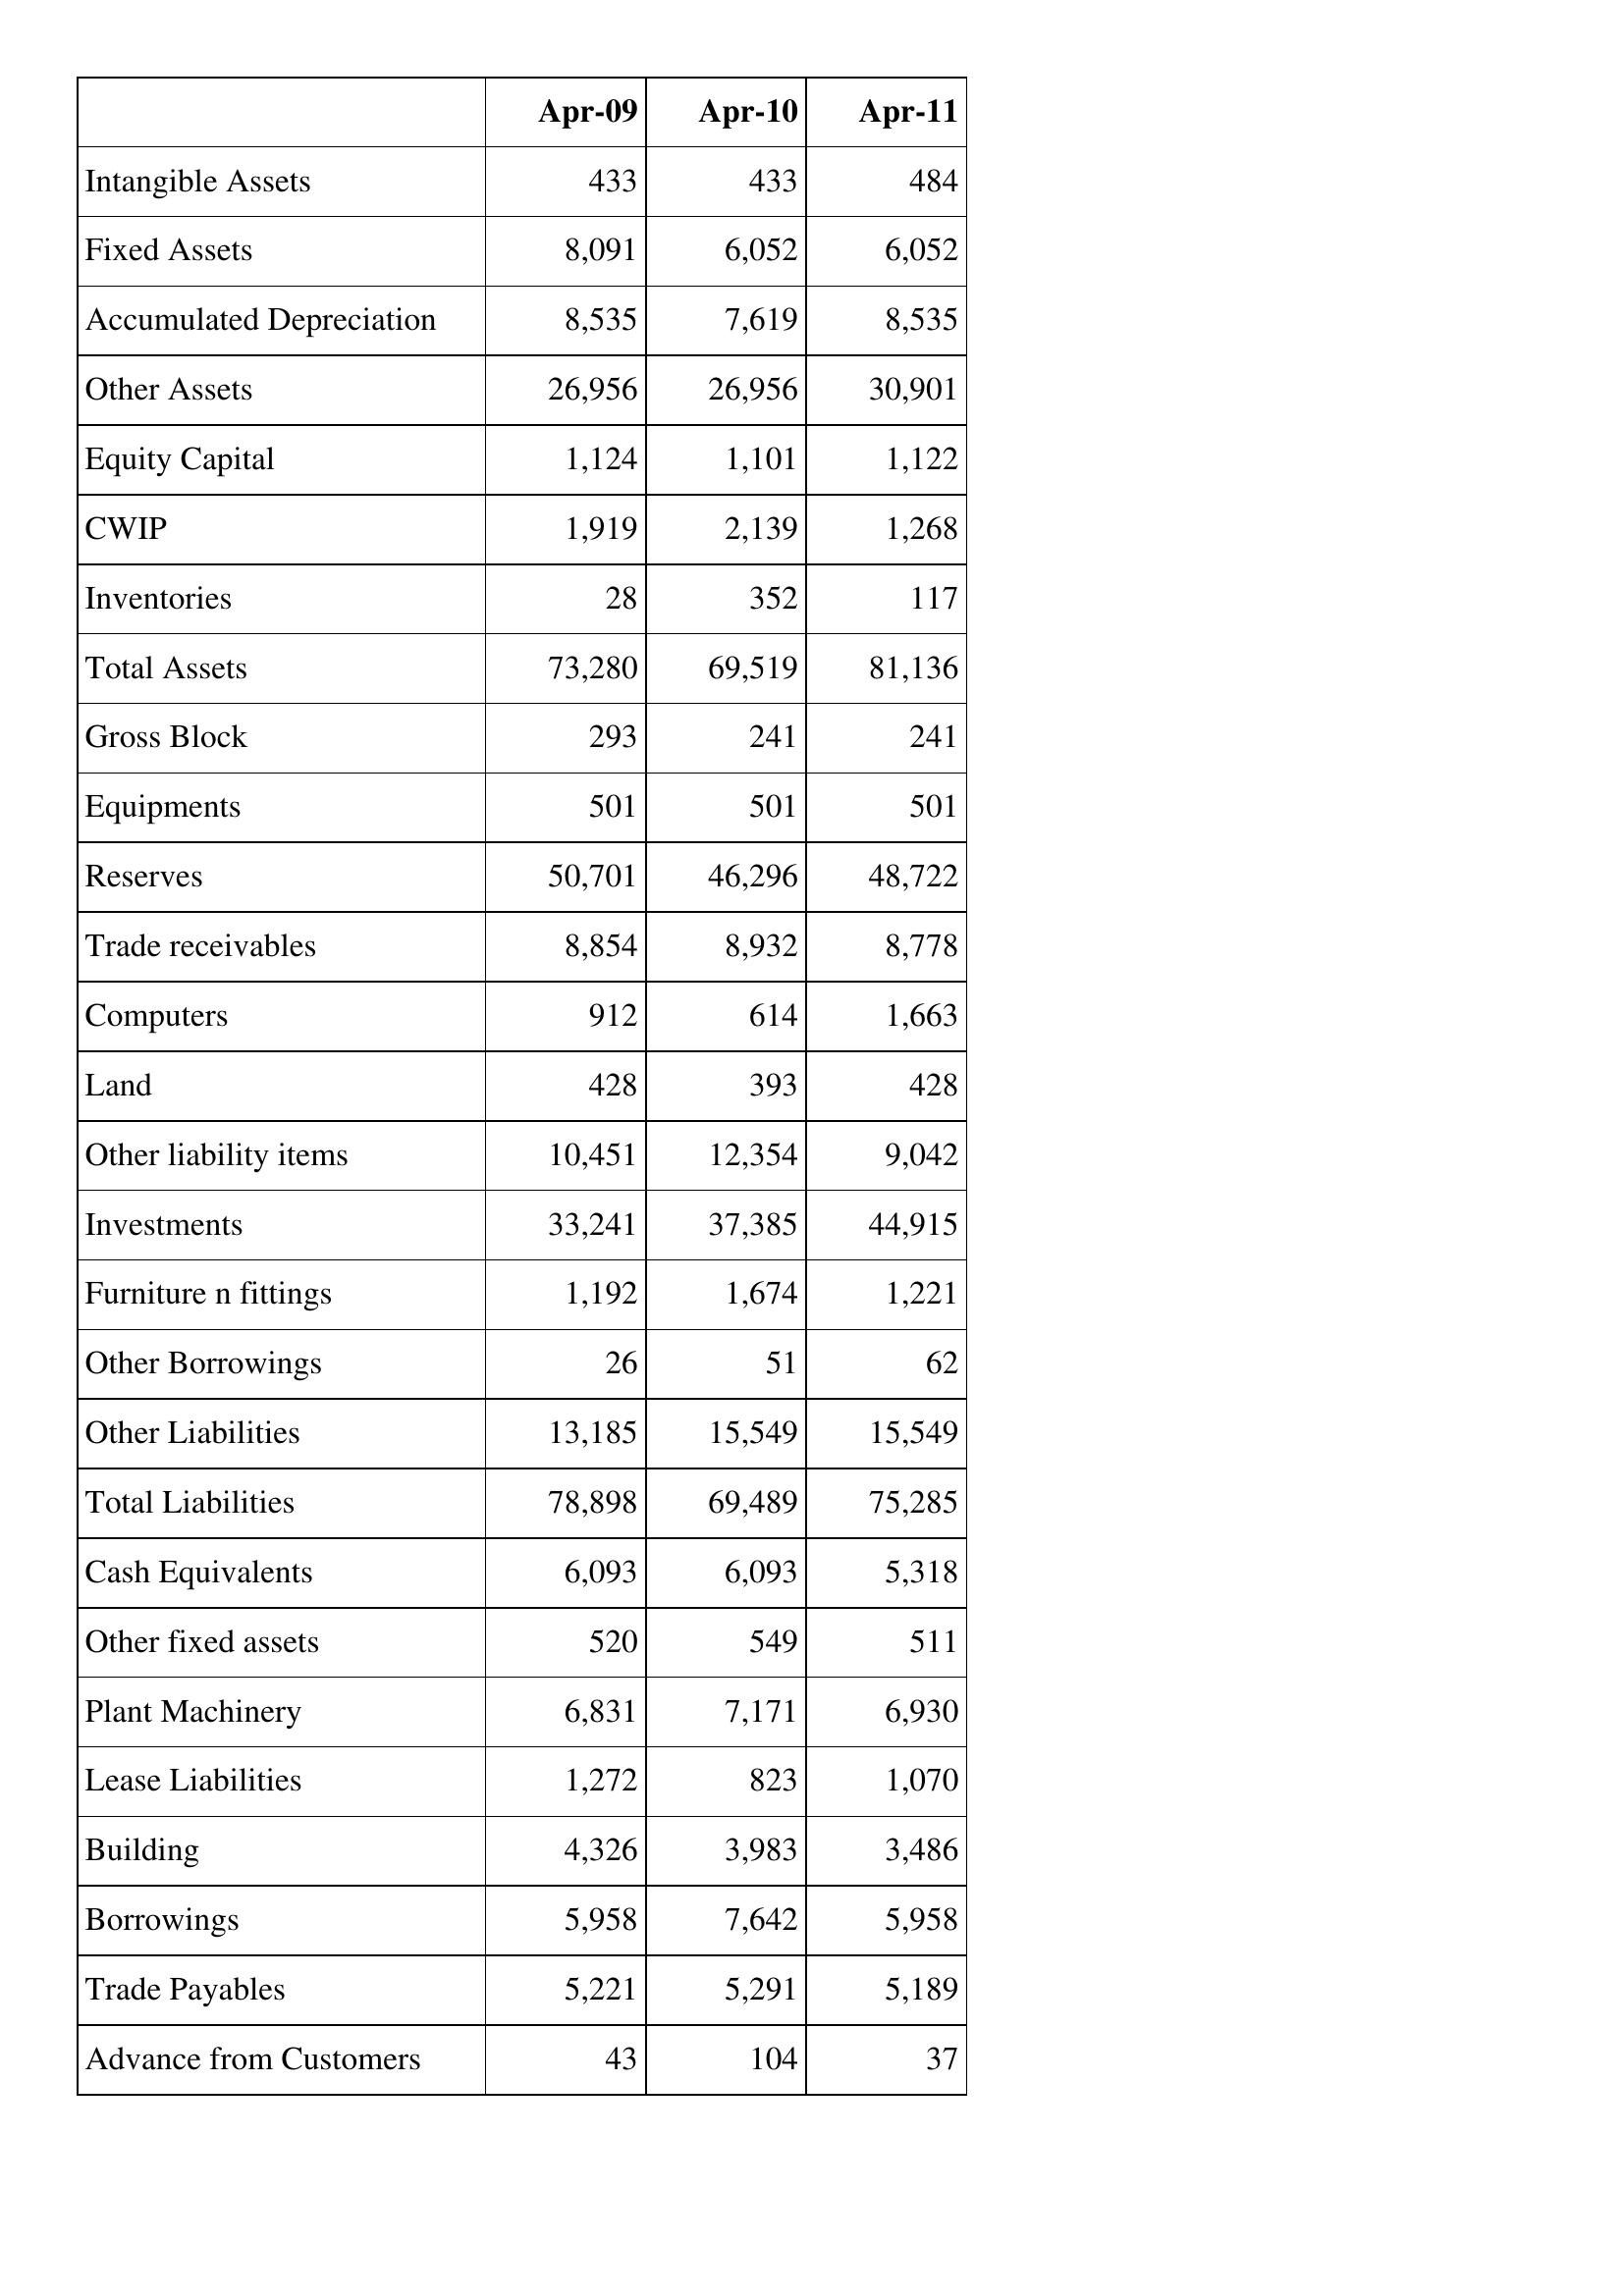
Apr-09: Balance Sheet: Intangible Assets: 433
Fixed Assets: 8,091
Accumulated Depreciation: 8,535
Other Assets: 26,956
Equity Capital: 1,124
CWIP: 1,919
Inventories: 28
Total Assets: 73,280
Gross Block: 293
Equipments: 501
Reserves: 50,701
Trade receivables: 8,854
Computers: 912
Land: 428
Other liability items: 10,451
Investments: 33,241
Furniture n fittings: 1,192
Other Borrowings: 26
Other Liabilities: 13,185
Total Liabilities: 78,898
Cash Equivalents: 6,093
Other fixed assets: 520
Plant Machinery: 6,831
Lease Liabilities: 1,272
Building: 4,326
Borrowings: 5,958
Trade Payables: 5,221
Advance from Customers: 43
Apr-10: Balance Sheet: Intangible Assets: 433
Fixed Assets: 6,052
Accumulated Depreciation: 7,619
Other Assets: 26,956
Equity Capital: 1,101
CWIP: 2,139
Inventories: 352
Total Assets: 69,519
Gross Block: 241
Equipments: 501
Reserves: 46,296
Trade receivables: 8,932
Computers: 614
Land: 393
Other liability items: 12,354
Investments: 37,385
Furniture n fittings: 1,674
Other Borrowings: 51
Other Liabilities: 15,549
Total Liabilities: 69,489
Cash Equivalents: 6,093
Other fixed assets: 549
Plant Machinery: 7,171
Lease Liabilities: 823
Building: 3,983
Borrowings: 7,642
Trade Payables: 5,291
Advance from Customers: 104
Apr-11: Balance Sheet: Intangible Assets: 484
Fixed Assets: 6,052
Accumulated Depreciation: 8,535
Other Assets: 30,901
Equity Capital: 1,122
CWIP: 1,268
Inventories: 117
Total Assets: 81,136
Gross Block: 241
Equipments: 501
Reserves: 48,722
Trade receivables: 8,778
Computers: 1,663
Land: 428
Other liability items: 9,042
Investments: 44,915
Furniture n fittings: 1,221
Other Borrowings: 62
Other Liabilities: 15,549
Total Liabilities: 75,285
Cash Equivalents: 5,318
Other fixed assets: 511
Plant Machinery: 6,930
Lease Liabilities: 1,070
Building: 3,486
Borrowings: 5,958
Trade Payables: 5,189
Advance from Customers: 37